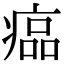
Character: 𤸔